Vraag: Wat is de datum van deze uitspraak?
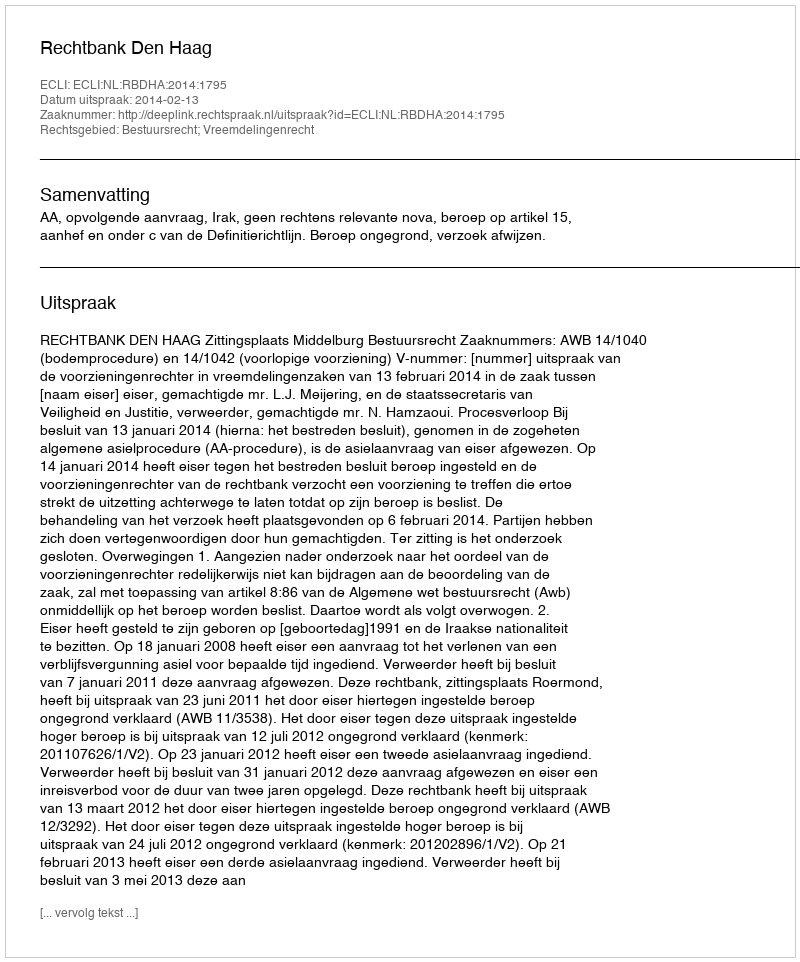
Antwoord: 2014-02-13